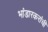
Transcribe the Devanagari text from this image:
भांडारकरांची